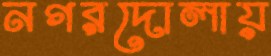
নগরদোলায়